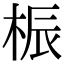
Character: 桭